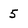
Character: 5